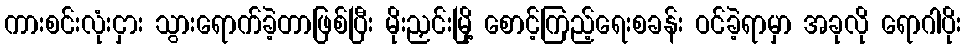
ကားစင်းလုံးငှား သွားရောက်ခဲ့တာဖြစ်ပြီး မိုးညှင်းမြို့ စောင့်ကြည့်ရေးစခန်း ဝင်ခဲ့ရာမှာ အခုလို ရောဂါပိုး